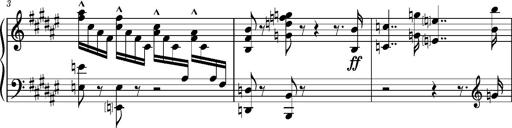
Title: Preludio â€” Allegro maestoso
Composer: Franz Liszt
Key: F-sharp major